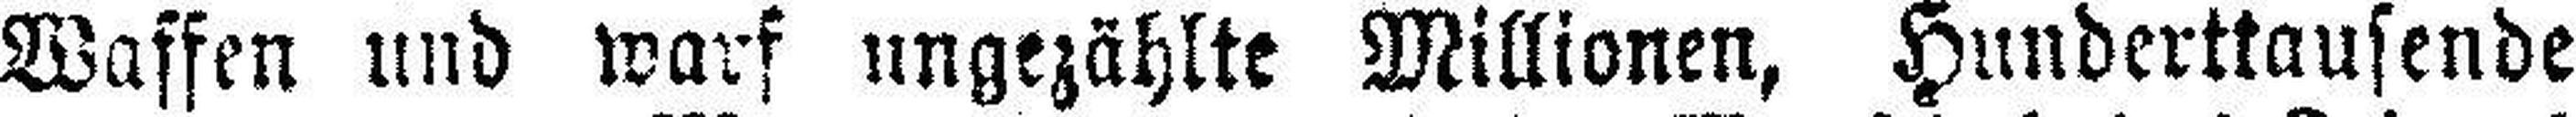
Waffen und warf ungezählte Millionen, Hunderttausende